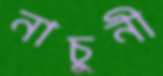
নাচুনী